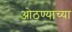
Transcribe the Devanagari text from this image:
ओठण्याच्या